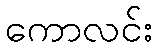
ကောလင်း